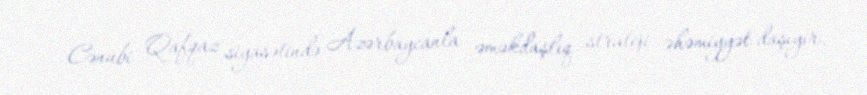
Cənubi Qafqaz siyasətində Azərbaycanla əməkdaşlıq strateji əhəmiyyət daşıyır.